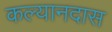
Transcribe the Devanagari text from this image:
कल्यानदास